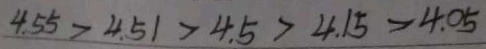
4 . 5 5 > 4 . 5 1 > 4 . 5 > 4 . 1 5 > 4 . 0 5